Indian journal of veterinary science and animal husbandry - Volumes 26-27, 1956-1957
Year: 1956
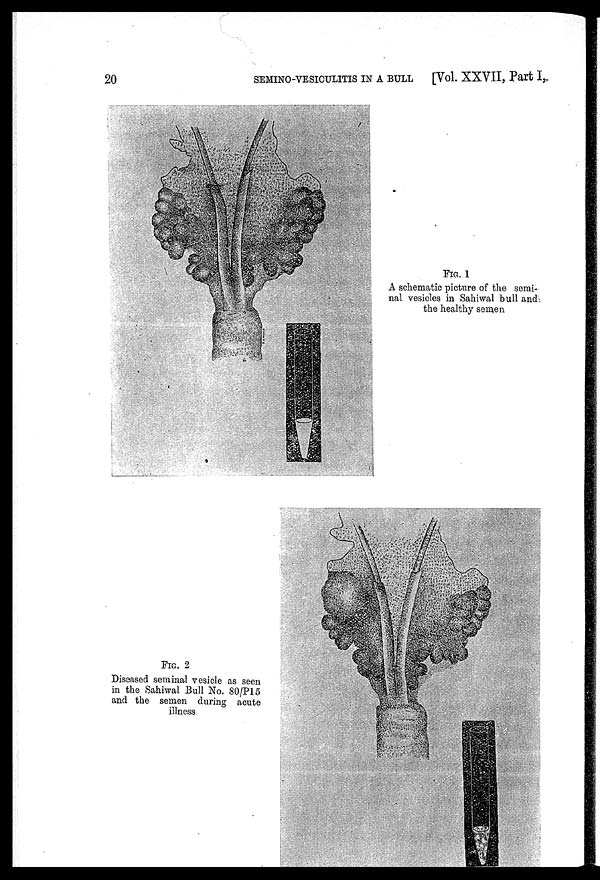
20
SEMINO-VESICULITIS IN A BULL [Vol. XXVII, Part I,
FIG. 1
A schematic picture of the semi-
nal vesicles in Sahiwal bull and
the healthy semen
FIG. 2
Diseased seminal vesicle as seen
in the Sahiwal Bull No. 80/P15
and the semen during acute
illness